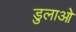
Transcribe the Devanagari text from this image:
डुलाओ